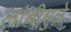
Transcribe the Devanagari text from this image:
लांबीमुळे